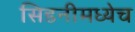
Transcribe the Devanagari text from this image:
सिडनीमध्येच